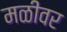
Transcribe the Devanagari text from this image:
मळीवर